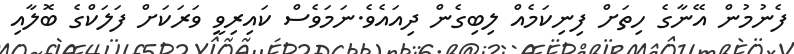
ފެނުމުން އޭނާގެ ހިތަށް ފިނިކަމެއް ލިބިގެން ދިއައެވެ.ނަމަވެސް ކައިރިވީ ވަރަކަށް ފަލަކްގެ ބޮލާއި